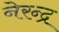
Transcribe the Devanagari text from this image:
नेरन्द्र